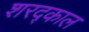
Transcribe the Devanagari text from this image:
शरद्काल